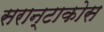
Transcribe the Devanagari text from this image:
सरान्टाकोस